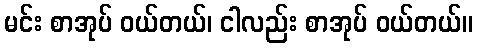
မင်း စာအုပ် ဝယ်တယ်၊ ငါလည်း စာအုပ် ဝယ်တယ်။